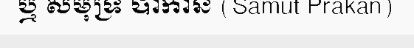
ឬ សមុទ្រ បាកាន (Samut Prakan)